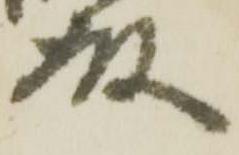
殿